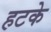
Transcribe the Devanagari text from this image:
हटके